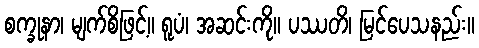
စက္ခုနာ၊ မျက်စိဖြင့်။ ရူပံ၊ အဆင်းကို။ ပဿတိ၊ မြင်ပေသနည်း။